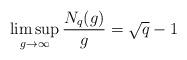
LaTeX: \begin{align*}\limsup_{g \rightarrow \infty}\frac{N_q(g)}{g} = \sqrt{q}-1\end{align*}